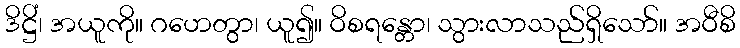
ဒိဋ္ဌိံ၊ အယူကို။ ဂဟေတွာ၊ ယူ၍။ ဝိစရန္တော၊ သွားလာသည်ရှိသော်။ အဝီစိ